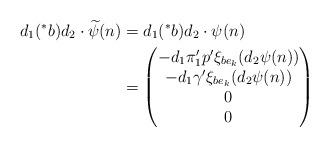
LaTeX: \begin{align*}d_{1}(^{\ast}b)d_{2} \cdot \widetilde{\psi}(n)&=d_{1}(^{\ast}b)d_{2} \cdot \psi(n) \\&=\begin{pmatrix}-d_{1}\pi_{1}' p' \xi_{be_{k}}(d_{2}\psi(n)) \\-d_{1} \gamma' \xi_{be_{k}}(d_{2}\psi(n)) \\0 \\0\end{pmatrix}\end{align*}